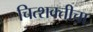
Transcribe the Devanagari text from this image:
चित्शक्तीचा